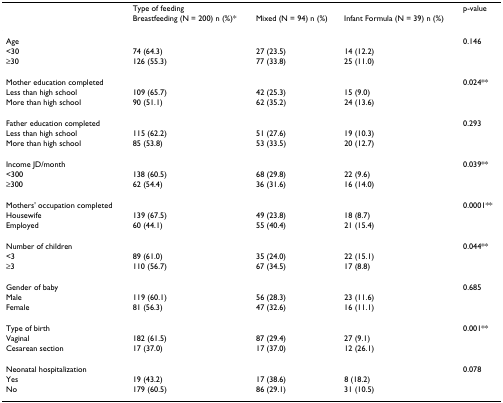
|  | <COLSPAN=2> Type of feeding |  | p-value |
 |  | Breastfeeding (N = 200) n (%)* | Mixed (N = 94) n (%) | Infant Formula (N = 39) n (%) |  |
 | --- | --- | --- | --- | --- |
 | Age |  |  |  | 0.146 |
 | <30 | 74 (64.3) | 27 (23.5) | 14 (12.2) |  |
 | ≥30 | 126 (55.3) | 77 (33.8) | 25 (11.0) |  |
 | Mother education completed |  |  |  | 0.024** |
 | Less than high school | 109 (65.7) | 42 (25.3) | 15 (9.0) |  |
 | More than high school | 90 (51.1) | 62 (35.2) | 24 (13.6) |  |
 | Father education completed |  |  |  | 0.293 |
 | Less than high school | 115 (62.2) | 51 (27.6) | 19 (10.3) |  |
 | More than high school | 85 (53.8) | 53 (33.5) | 20 (12.7) |  |
 | Income JD/month |  |  |  | 0.039** |
 | <300 | 138 (60.5) | 68 (29.8) | 22 (9.6) |  |
 | ≥300 | 62 (54.4) | 36 (31.6) | 16 (14.0) |  |
 | Mothers' occupation completed |  |  |  | 0.0001** |
 | Housewife | 139 (67.5) | 49 (23.8) | 18 (8.7) |  |
 | Employed | 60 (44.1) | 55 (40.4) | 21 (15.4) |  |
 | Number of children |  |  |  | 0.044** |
 | <3 | 89 (61.0) | 35 (24.0) | 22 (15.1) |  |
 | ≥3 | 110 (56.7) | 67 (34.5) | 17 (8.8) |  |
 | Gender of baby |  |  |  | 0.685 |
 | Male | 119 (60.1) | 56 (28.3) | 23 (11.6) |  |
 | Female | 81 (56.3) | 47 (32.6) | 16 (11.1) |  |
 | Type of birth |  |  |  | 0.001** |
 | Vaginal | 182 (61.5) | 87 (29.4) | 27 (9.1) |  |
 | Cesarean section | 17 (37.0) | 17 (37.0) | 12 (26.1) |  |
 | Neonatal hospitalization |  |  |  | 0.078 |
 | Yes | 19 (43.2) | 17 (38.6) | 8 (18.2) |  |
 | No | 179 (60.5) | 86 (29.1) | 31 (10.5) |  |